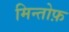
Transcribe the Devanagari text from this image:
मिन्तोफ़